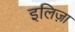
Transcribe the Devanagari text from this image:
इलिज़ा